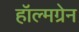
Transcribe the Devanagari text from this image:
हॉल्मग्रेन